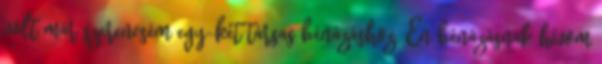
volt már szerencsém egy-két társas bénázáshoz. Én bénázásnak hívom